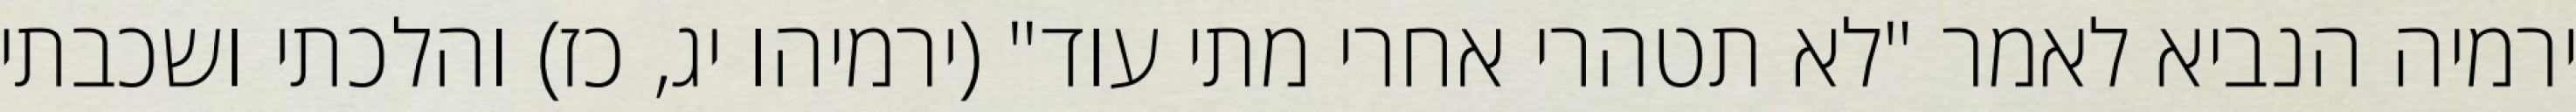
ירמיה הנביא לאמר "לא תטהרי אחרי מתי עוד" (ירמיהו יג, כז) והלכתי ושכבתי